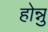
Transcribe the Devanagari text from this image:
होन्नु